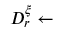
D _ { r } ^ { \xi } \gets